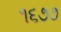
૧૬૭૭